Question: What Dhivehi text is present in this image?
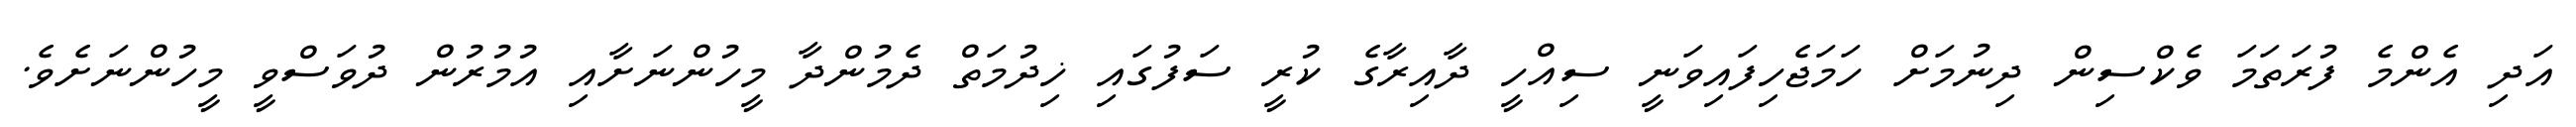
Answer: އަދި އެންމެ ފުރަތަމަ ވެކްސިން ދިނުމަށް ހަމަޖެހިފައިވަނީ ސިއްހީ ދާއިރާގެ ކުރީ ސަފުގައި ޚިދުމަތް ދެމުންދާ މީހުންނަށާއި އުމުރުން ދުވަސްވީ މީހުންނަށެވެ.